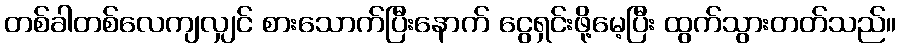
တစ်ခါတစ်လေကျလျှင် စားသောက်ပြီးနောက် ငွေရှင်းဖို့မေ့ပြီး ထွက်သွားတတ်သည်။